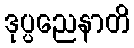
ဒုပ္ပညေနာတိ